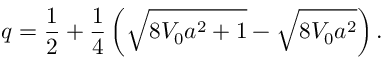
q = \frac { 1 } { 2 } + \frac { 1 } { 4 } \left( \sqrt { 8 V _ { 0 } a ^ { 2 } + 1 } - \sqrt { 8 V _ { 0 } a ^ { 2 } } \right) .